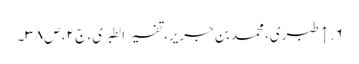
۶. ↑ طبری، محمد بن جریر، تفسیر الطبری، ج ۲، ص ۳۸۔